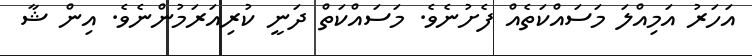
އަހަރު އަމިއްލަ މަސައްކަތެއް ފެށުނެވެ. މަސައްކަތް ދަނީ ކުރިއަރަމުންނެވެ. އިން ޝާ